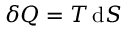
\delta Q = T \, \mathrm { d } S